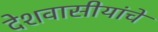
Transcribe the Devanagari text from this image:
देशवासीयांचे